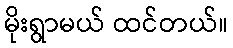
မိုးရွာမယ် ထင်တယ်။